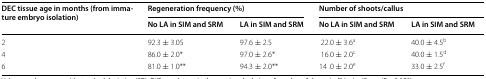
<table><thead><tr><td rowspan="2"><b>DEC tissue age in months (from immature embryo isolation)</b></td><td colspan="2"><b>Regeneration frequency (%)</b></td><td colspan="2"><b>Number of shoots/callus</b></td></tr><tr><td><b>No LA in SIM and SRM</b></td><td><b>LA in SIM and SRM</b></td><td><b>No LA in SIM and SRM</b></td><td><b>LA in SIM and SRM</b></td></tr></thead><tbody><tr><td>2</td><td>92.3 ± 3.05</td><td>97.6 ± 2.5</td><td>22.0 ± 3.6<sup>a</sup></td><td>40.0 ± 4.5<sup>b</sup></td></tr><tr><td>4</td><td>86.0 ± 2.0*</td><td>97.0 ± 2.6*</td><td>16.0 ± 2.0<sup>c</sup></td><td>40.0 ± 1.5<sup>d</sup></td></tr><tr><td>6</td><td>81.0 ± 1.0**</td><td>94.3 ± 2.0**</td><td>14 .0 ± 2.0<sup>e</sup></td><td>33.0 ± 2.5<sup>f</sup></td></tr></tbody></table>